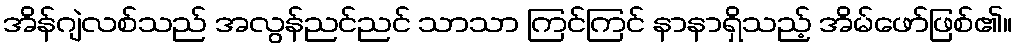
အိန်ဂျဲလစ်သည် အလွန်ညင်ညင် သာသာ ကြင်ကြင် နာနာရှိသည့် အိမ်ဖော်ဖြစ်၏။